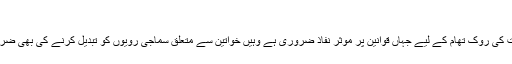
"
فوزیہ وقار نے کہا کہ اگرچہ اب ایسے واقعات کی روک تھام کے لیے جہاں قوانین پر موثر نفاذ ضروری ہے وہیں خواتین سے متعلق سماجی رویوں کو تبدیل کرنے کی بھی ضرورت ہے جو ایسے واقعات کی وجہ بنتے ہیں۔